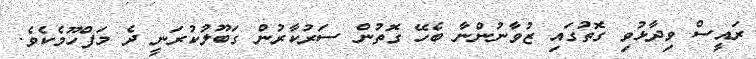
ރައީސް ވިދާޅުވި ގޮތުގައި ޒުވާނުންނާ ބެހޭ ގޮތުން ސަރުކާރުން ގަބޫލުކުރަނީ ދެ މަފްހޫމެކެވެ.